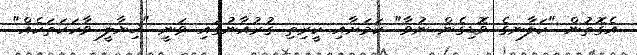
އެގޮތުން "ކަލާނގެ ވޮޑިގެން ނުވާ" ކަމަށާއި ކީރިތި ޤުރުއާނުގައި ވަނީ "ޚިޔާލީ ވާހަކަތަކެއް"